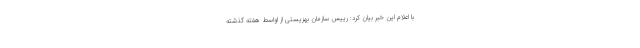
با اعلام این خبر بیان کرد: رییس سازمان بهزیستی از اواسط هفته گذشته